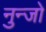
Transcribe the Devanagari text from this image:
नुन्जो